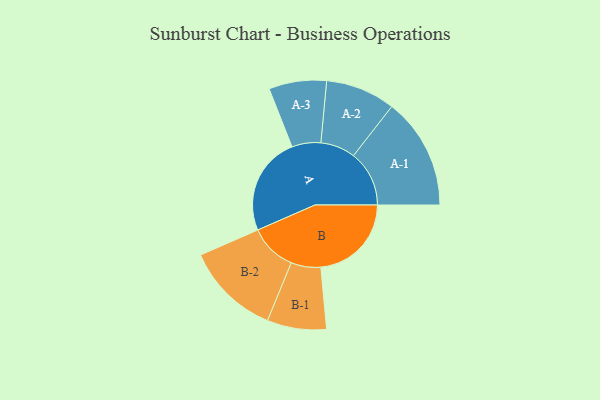
{"axis": {"x": "Segment", "y": "Value"}, "legend": ["", "A", "B"], "data": [{"x": "A", "y": 472, "type": ""}, {"x": "B", "y": 434, "type": ""}, {"x": "A-1", "y": 267, "type": "A"}, {"x": "A-2", "y": 167, "type": "A"}, {"x": "A-3", "y": 138, "type": "A"}, {"x": "B-1", "y": 142, "type": "B"}, {"x": "B-2", "y": 226, "type": "B"}]}